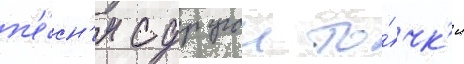
п'е́сн'я с другои то́чк'и